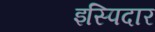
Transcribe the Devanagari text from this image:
इस्पिदार